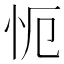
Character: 𭜒